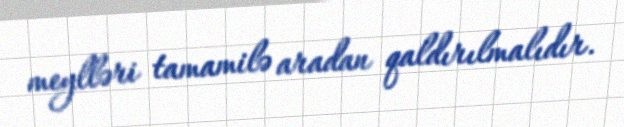
meylləri tamamilə aradan qaldırılmalıdır.